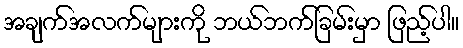
အချက်အလက်များကို ဘယ်ဘက်ခြမ်းမှာ ဖြည့်ပါ။